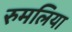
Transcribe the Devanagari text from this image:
रुमलिया